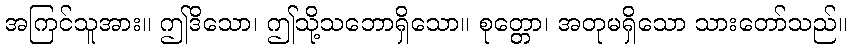
အကြင်သူအား။ ဤဒိသော၊ ဤသို့သဘောရှိသော။ စုတ္တော၊ အတုမရှိသော သားတော်သည်။